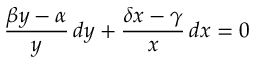
{ \frac { \beta y - \alpha } { y } } \, d y + { \frac { \delta x - \gamma } { x } } \, d x = 0